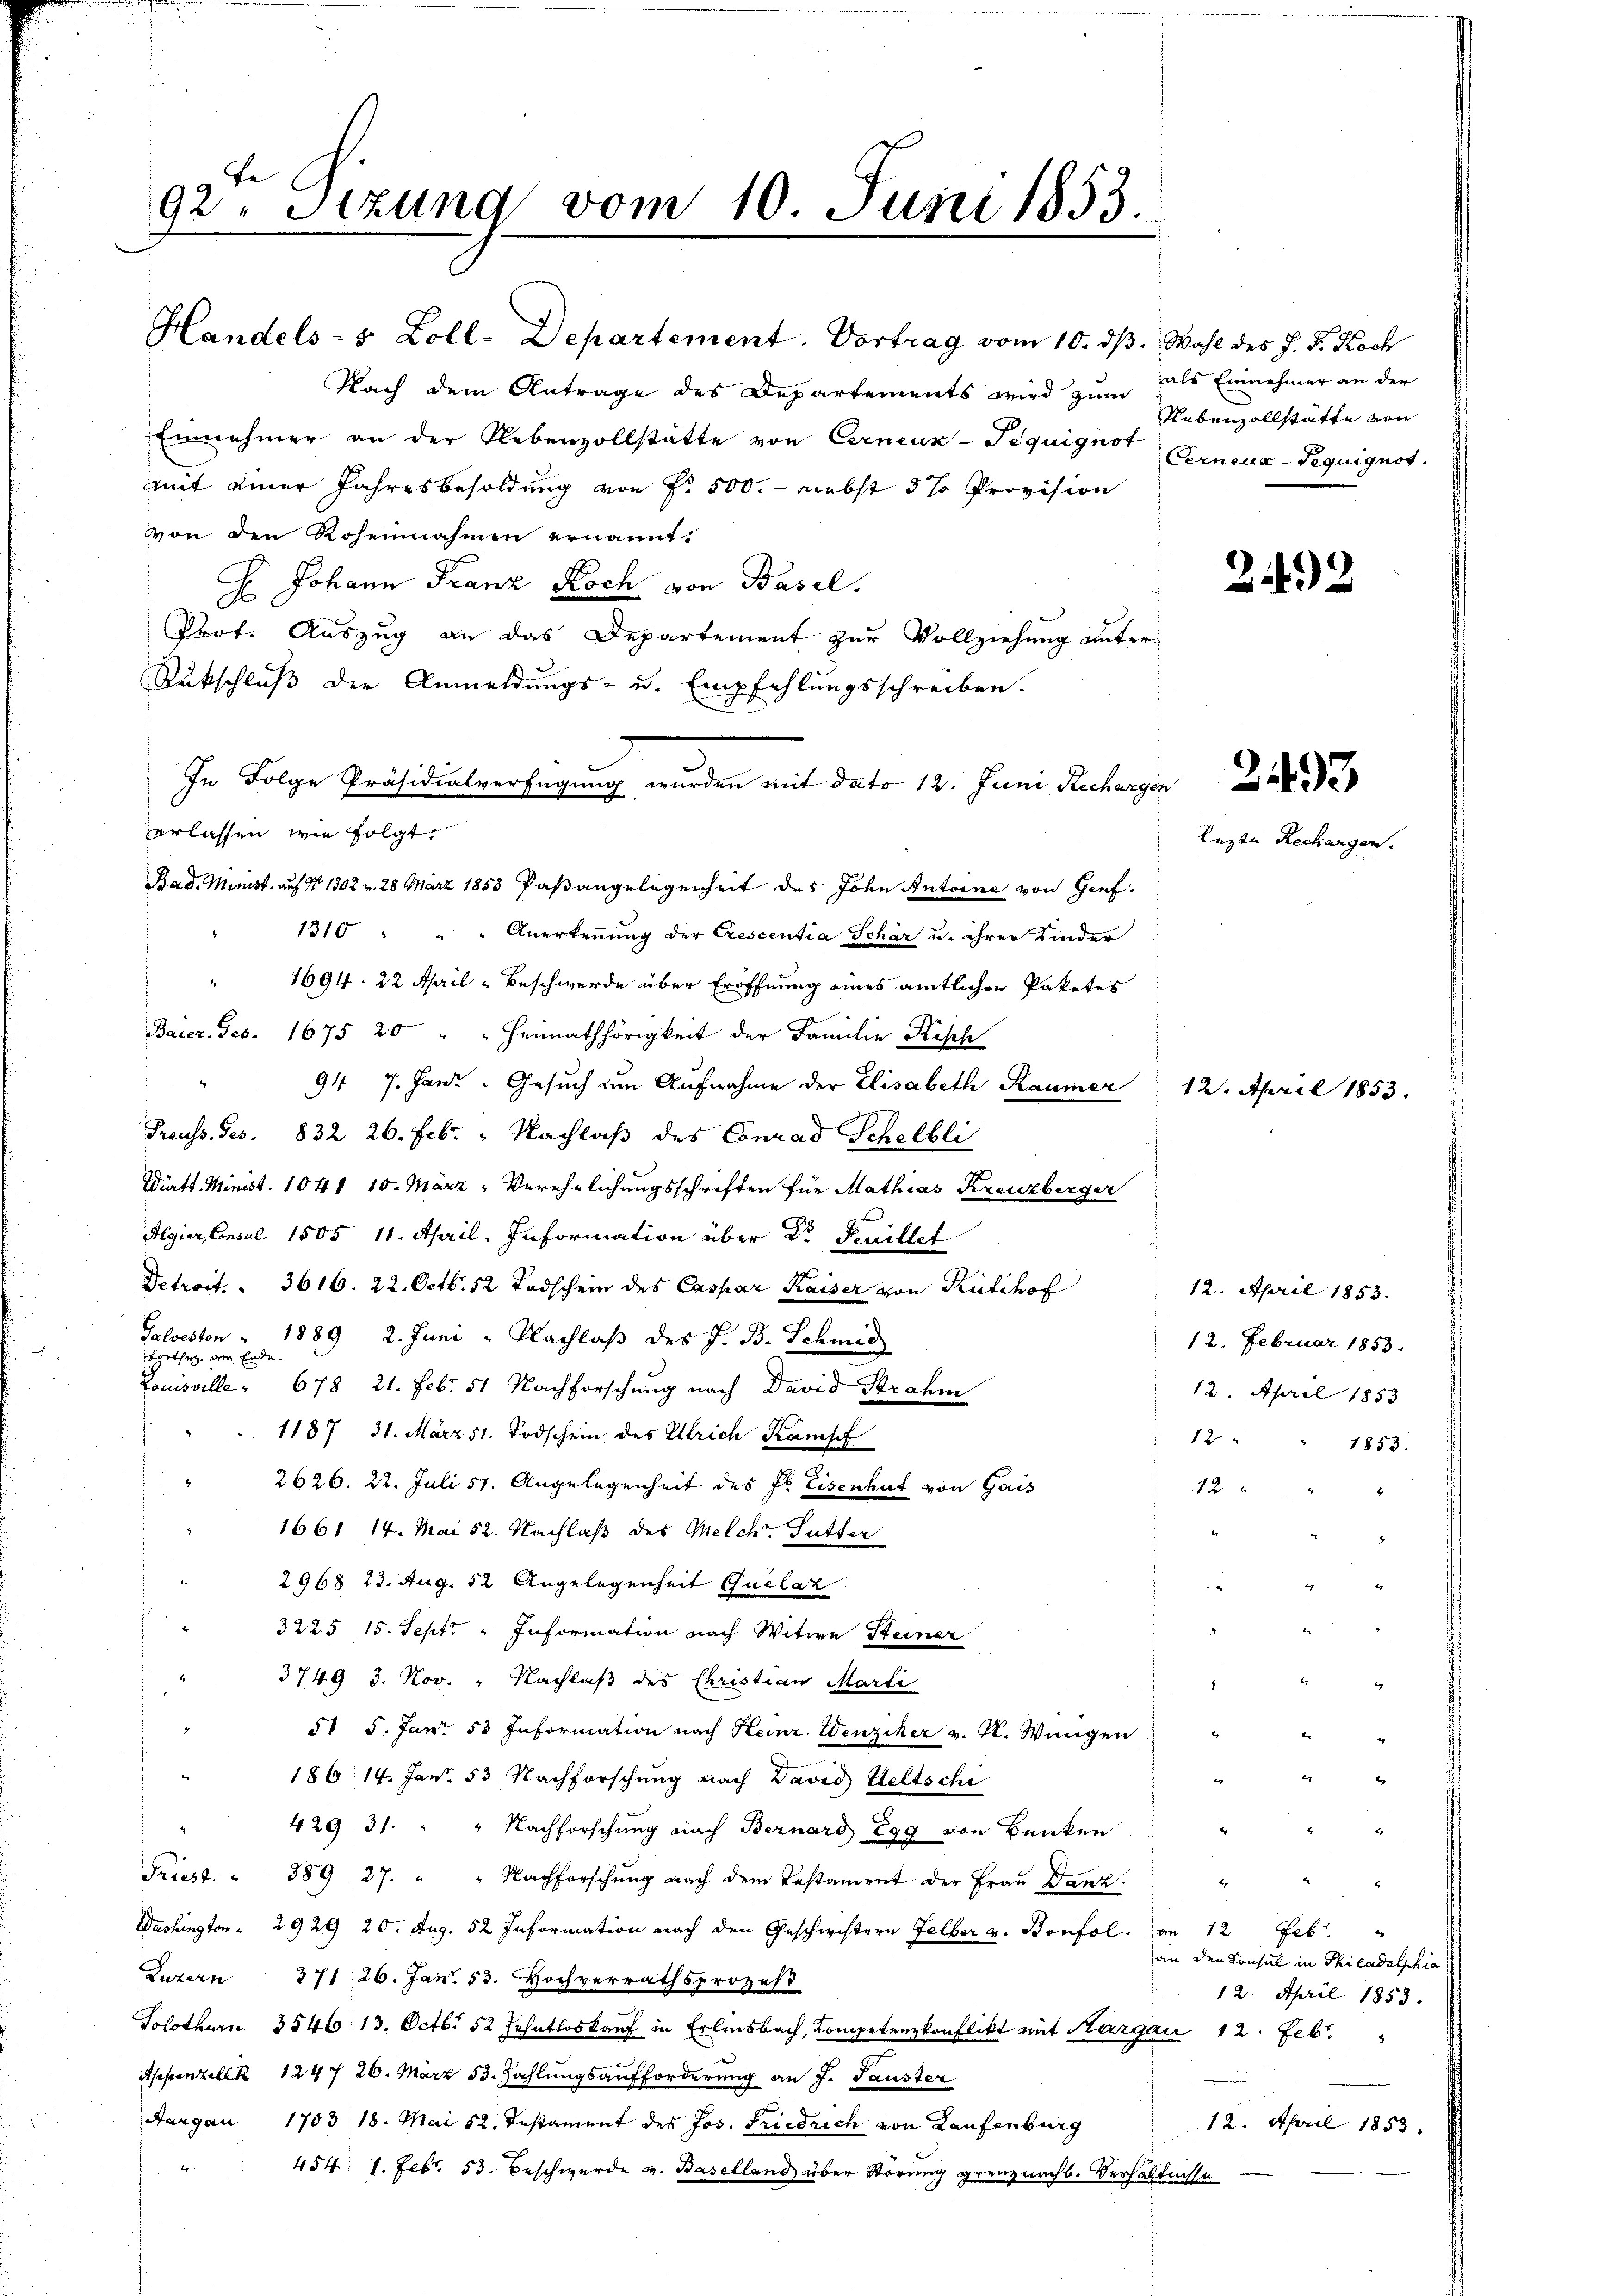
92. Sezung vom 10. Juni 1853.

Handels- & Zoll. Departement. Vortrag vom 10. dβ. Wahl des J. J. Koch
Nach dem Antrage des Departements wird zum als Einnehmer an der
Einnahmer an der Nebenzollstätte von Cerneun-Tequignot (Erneux-Pequignot.
mit einer Jahresbesoldung von Fr. 500. - nebst 5 % Provision
von den Rosennahmen ernannt
H. Johann Franz Koch von Basel.
Prof. Auszug an das Departement zur Vollziehung unter-
Rukschluß der Anmeldungs- u. Empfehlungsschreiben.
In Folge Präsidialverfügung wurden mit dato 12. Juni Recharger
erlassen, wie folgt.
Bad. Minist auf No 1302 v. 28 März 1853 Paßangelegenheit des John Antoine von Genf.
1310 " " " Anerkennung der Crescentia Schär u. ihrer Kinder
" 1694. 22 April - Beschwerde über Eröffnung eines amtlichen Paketes
Barez. Ges. 1675 20 " " Heimathörigkeit der Familie Kisch
94 7. Janr. Gesuch um Aufnahme der Elisabeth Raumer
Preuss. Ges. 832 26. Febr. - Nachlaß des Conrad Schelbli
Wiatt. Minist. 1041 10. März - Verehelichungsschriften für Mathias Kreuzberger
Algier, Consul. 1505 11. April. Information über Dr. Feuillet
Detroit. 3616. 22. Octbr. 12 Todschein des Caspar Kaiser von Rütihof
Galveston " 1889 2. Juni " Nachlaß des J. B. Schmid
bgethey am Ende
Louisville " 678 21. Feb. 51 Nachforschung nach David Strahm
1187. 31. März 51. Todschein des Ulrich Kampf
12
2626. 22. Juli 51. Angelegenheit des Sr. Eisenhut von Gais
12
1661 14. Mai 12. Nachlaß des Melch. Gutter
2968 23. Aug. 12 Angelegenheit Quelaz
x
3225 15. Sept. " Information nach Witwe Steiner
3749 3. Nov. " Nachlaß des Christian Marti
51 5. Jan. 53 Information nach Heinr. Wenziker v. M. Wingen
186 14. Jan. 53. Nachforschung nach David Heltschi
4
" 429 31. " " Nachforschung nach Bernard 799 von Banken
Priest. " 389 27. " " Nachforschŭng nach dem Testament der Fraŭ Danz.
Washington " 2920 20. Aug. 52 Information nach den Geschwistern Felber v. Bonfol, am 12 Feb
Luzern 371 26. Jan. 53. Hochverrathsprozes
Solothurn 3546. 13. Octb. 52 Jahntloskauf in Erlinsbach, Kompetenzkonflikt mit Aargau 12. Febr.
sehenzell 124 f 26. März 53. Zahlungsaufforderung an J. Sauster
Aargau 1703 18. Mai 52. Instament des Jos. Friedrich von Laufenburg
454: 1. Febr. 53. Beschwerde v. Baselland über Störung grenznachs. Verhältnisse

Nebenzollstätte von

242

Lezte

12. April 1853.

Zechargen.

12. April 1853.
12. Februar 1853.
12. April 1853
1853.

an den Konsul in Philadelphia
12. April 1853.
12. April 1853.